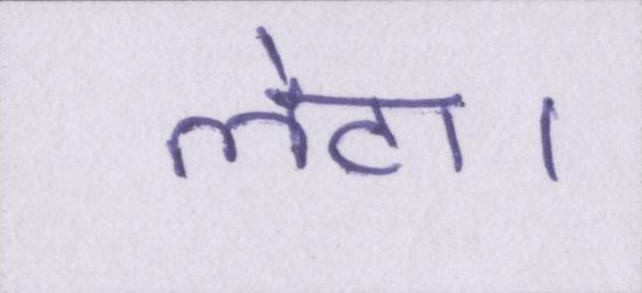
लेटा।